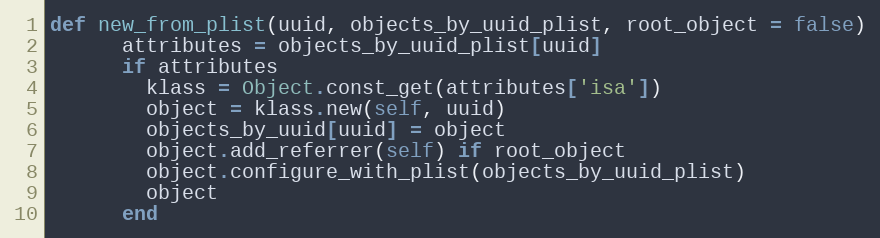
Language: Ruby
def new_from_plist(uuid, objects_by_uuid_plist, root_object = false)
      attributes = objects_by_uuid_plist[uuid]
      if attributes
        klass = Object.const_get(attributes['isa'])
        object = klass.new(self, uuid)
        objects_by_uuid[uuid] = object
        object.add_referrer(self) if root_object
        object.configure_with_plist(objects_by_uuid_plist)
        object
      end